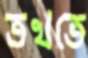
তখতে